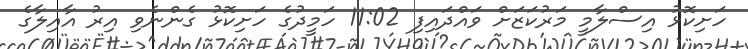
ހަށިކޮޅު އިސްލާމީ މަރުކަޒަށް ވައްދައިފި 11:02 ހަމީދުގެ ހަށިކޮޅު ގެންނެވި އިރު އާއިލާގެ